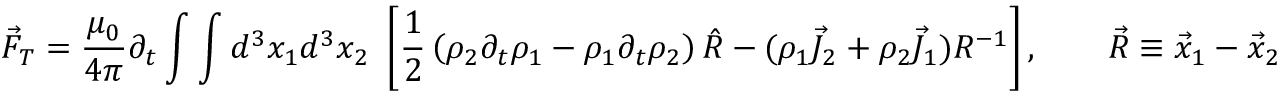
\vec { F } _ { T } = \frac { \mu _ { 0 } } { 4 \pi } \partial _ { t } \int \int d ^ { 3 } x _ { 1 } d ^ { 3 } x _ { 2 } ~ \left[ \frac { 1 } { 2 } \left( \rho _ { 2 } \partial _ { t } \rho _ { 1 } - \rho _ { 1 } \partial _ { t } \rho _ { 2 } \right) \hat { R } - ( \rho _ { 1 } \vec { J } _ { 2 } + \rho _ { 2 } \vec { J } _ { 1 } ) R ^ { - 1 } \right] , \qquad \vec { R } \equiv \vec { x } _ { 1 } - \vec { x } _ { 2 }